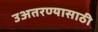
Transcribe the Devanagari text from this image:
उअतरण्यासाठी